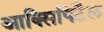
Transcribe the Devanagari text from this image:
आक्सिपिटैल